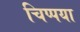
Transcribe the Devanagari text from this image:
चिप्पया